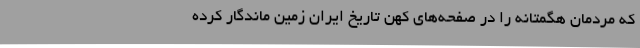
که مردمان هگمتانه را در صفحه‌های کهن تاریخ ایران زمین ماندگار کرده